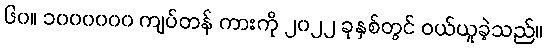
၆၀။ ၁၀၀၀၀၀၀ ကျပ်တန် ကားကို ၂၀၂၂ ခုနှစ်တွင် ဝယ်ယူခဲ့သည်။